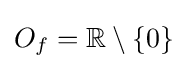
O_{f}=\mathbb {R} \setminus \{0\}